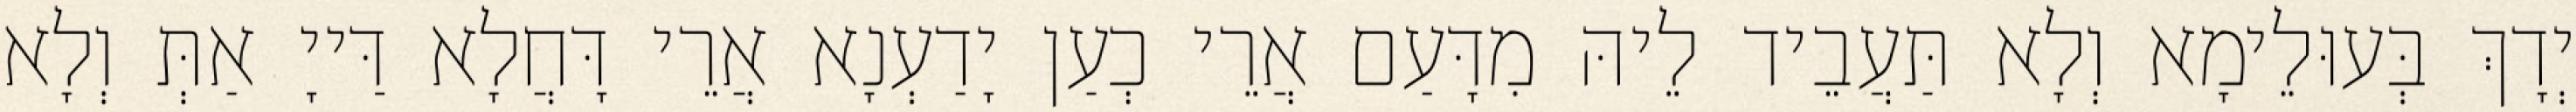
יְדָךְ בְּעוּלֵימָא וְלָא תַּעֲבֵיד לֵיהּ מִדָּעַם אֲרֵי כְעַן יָדַעְנָא אֲרֵי דָּחֲלָא דַּייָ אַתְּ וְלָא